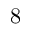
8